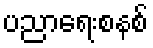
ပညာရေးစနစ်